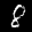
Label: 8